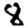
Digit: 8